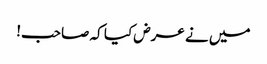
میں نے عرض کیا کہ صاحب!